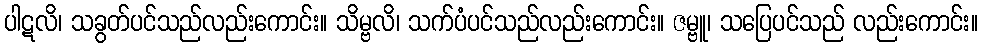
ပါဋလိ၊ သခွတ်ပင်သည်လည်းကောင်း။ သိမ္ဗလိ၊ သက်ပံပင်သည်လည်းကောင်း။ ဇမ္ဗူ၊ သပြေပင်သည် လည်းကောင်း။